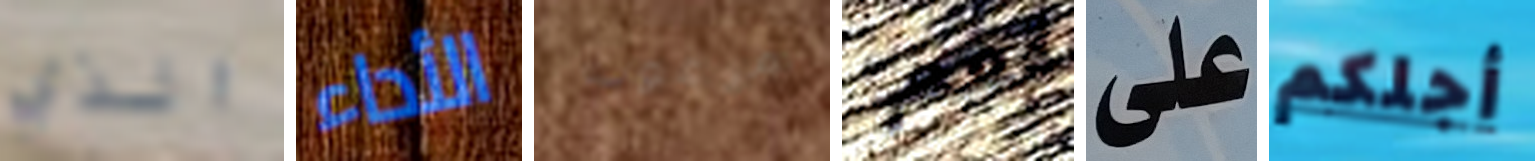
الذي الأداء مرعوب نعم على أجلكم